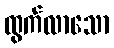
ထွက်လာသော